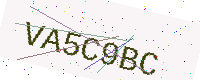
Text: VA5C9BC